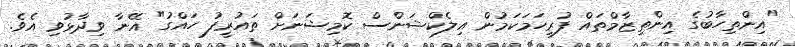
"އިންތިހާބުގެ އިންތިޒާމްތައް ފުރިހަމަކަމުން އިލެކްޝަންސް ކޮމިޝަނަށް ތައުރީފު ހައްގު" އޭނާ ވިދާޅުވި އެވެ.